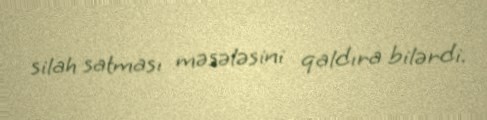
silah satması məsələsini qaldıra bilərdi.